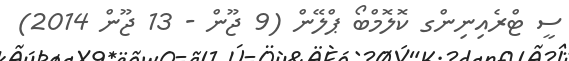
ސީ ޓްރެއިނިންގ ކޮލޮމްބޯ ޕްލޭން (9 ޖޫން - 13 ޖޫން 2014)